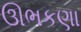
ઊભકણા